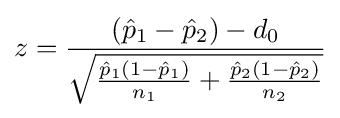
z={\frac {({\hat {p}}_{1}-{\hat {p}}_{2})-d_{0}}{\sqrt {{\frac {{\hat {p}}_{1}(1-{\hat {p}}_{1})}{n_{1}}}+{\frac {{\hat {p}}_{2}(1-{\hat {p}}_{2})}{n_{2}}}}}}